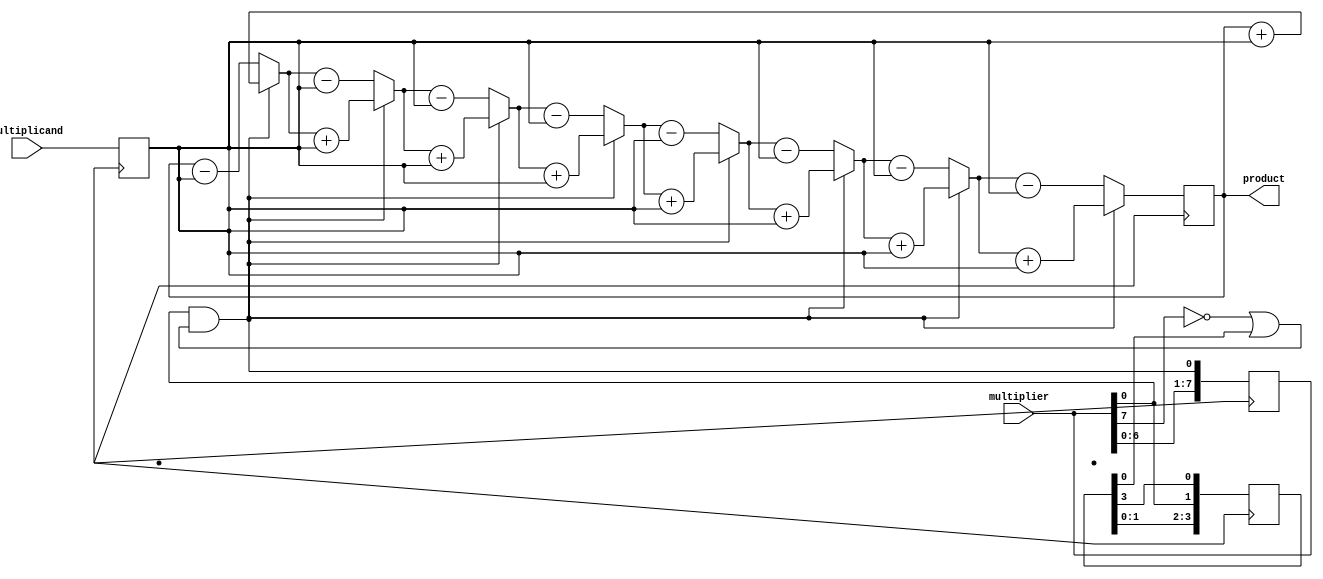
module booth_multiplier (
  input [7:0] multiplicand,
  input [7:0] multiplier,
  output reg [15:0] product
);

reg [7:0] A, S;
reg [3:0] count;
reg temp;

always @(posedge clk) begin
  A <= multiplicand;
  S <= (multiplier[7] == 1) ? {8{1'b1}} : {8{1'b0}};
  count <= 4'd7;
  
  repeat(8) begin
    temp = multiplier[0] & (~multiplier[7] | count[0]);
    
    if (temp == 1) begin
      product = product + A;
    end else if (temp == 0) begin
      product = product - A;
    end
    
    count <= {count[2:0], multiplier[0], count[3]};
    multiplier <= {multiplier[6:0], temp};
  end
end

endmodule